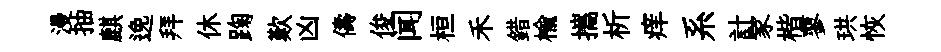
漫抽麒𨓜拜休踘歎凶儔俊闻桓禾錯榆攜析痒系計家楷蓼珙恢